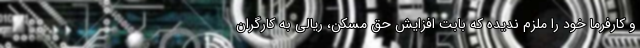
و کارفرما خود را ملزم ندیده که بابت افزایش حق مسکن، ریالی به کارگران